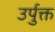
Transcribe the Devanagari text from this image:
उर्पुक्त